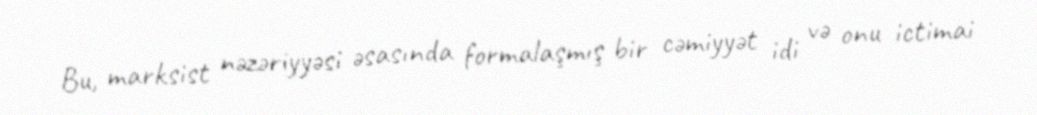
Bu, marksist nəzəriyyəsi əsasında formalaşmış bir cəmiyyət idi və onu ictimai